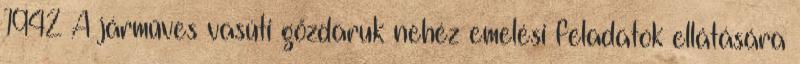
1942 A járműves vasúti gőzdaruk nehéz emelési feladatok ellátására